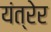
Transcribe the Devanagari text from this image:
यंत्रेर